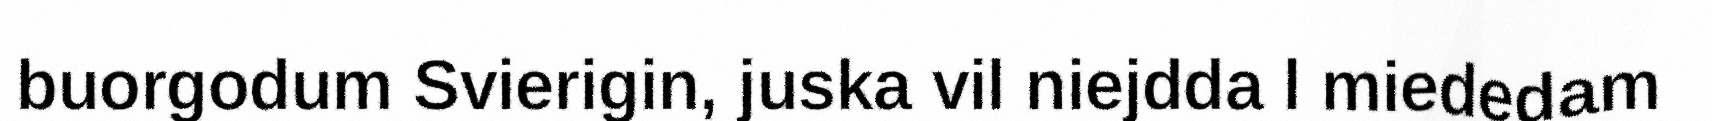
buorgodum Svierigin, juska vil niejdda l miededam